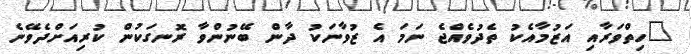
"ހިތްވަރާއި އަޒުމާއެކު ތެދުވެއްޖެ ނަމަ އެ ޒުވާނަކު ދާން ބޭނުންވާ ރޮނގަކުން ކުރިއަށްދެވޭނެ